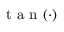
\mathrm { ~ t ~ a ~ n ~ } ( \cdot )